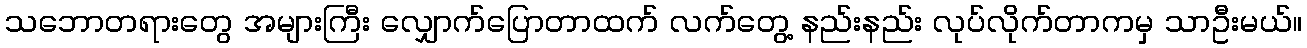
သဘောတရားတွေ အများကြီး လျှောက်ပြောတာထက် လက်တွေ့ နည်းနည်း လုပ်လိုက်တာကမှ သာဦးမယ်။